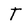
Character: T